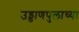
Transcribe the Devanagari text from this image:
उड्डाणपुलाच्या